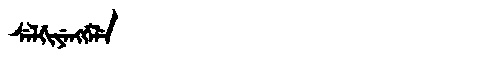
Manchu: ᠰᡝᠯᡤᡳᠶᡝᠩᡤᡝᠯᡝ
Romanization: SELGIYENGGELE